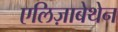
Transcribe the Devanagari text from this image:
एलिज़ाबेथेन